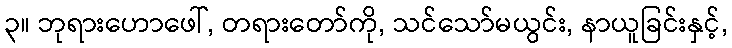
၃။ ဘုရားဟောဖေါ်, တရားတော်ကို, သင်သော်မယွင်း, နာယူခြင်းနှင့်,